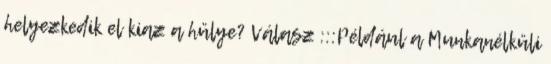
helyezkedik el kiaz a hülye? Válasz :::Például a Munkanélküli